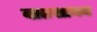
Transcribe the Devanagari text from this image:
वातसायन